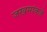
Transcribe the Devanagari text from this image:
जखमांकडे